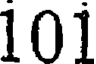
101